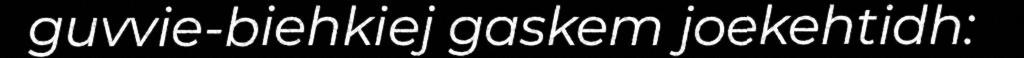
guvvie-biehkiej gaskem joekehtidh: